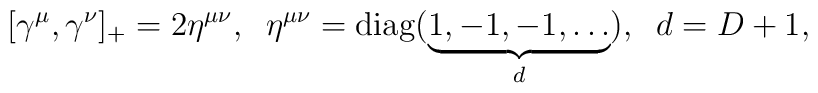
\lbrack \gamma ^\mu ,\gamma ^\nu ]_{+}=2\eta ^{\mu \nu },\;\;\eta ^{\mu \nu}={\rm diag}(\underbrace{1,-1,-1,\ldots }_d),\;\;d=D+1,